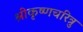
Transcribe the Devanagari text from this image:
श्रीकृष्णचरित्रु